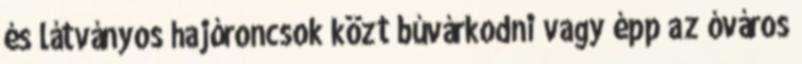
és látványos hajóroncsok közt búvárkodni vagy épp az óváros